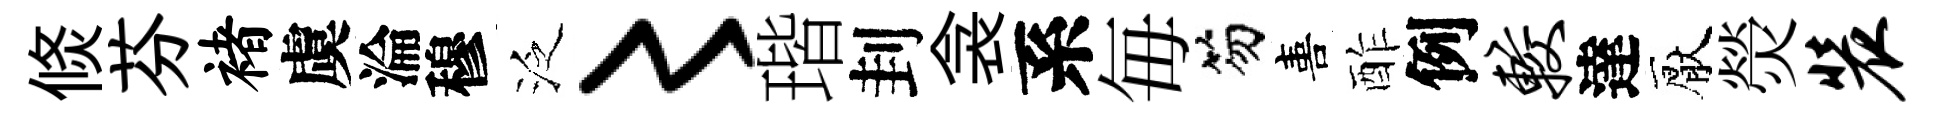
倐芬褚虞淪穆泛〻瑎刲衾系毎笏喜酢例较達厭熒装